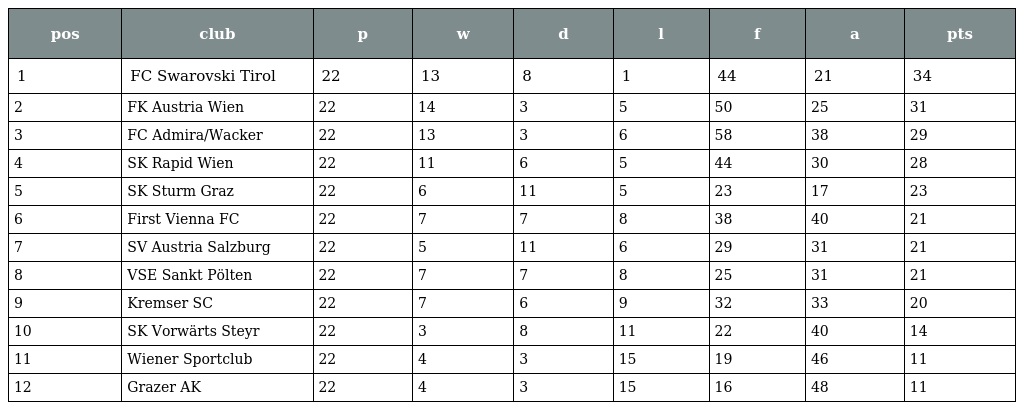
| pos | club | p | w | d | l | f | a | pts |
 | --- | --- | --- | --- | --- | --- | --- | --- | --- |
 | 1 | FC Swarovski Tirol | 22 | 13 | 8 | 1 | 44 | 21 | 34 |
 | 2 | FK Austria Wien | 22 | 14 | 3 | 5 | 50 | 25 | 31 |
 | 3 | FC Admira/Wacker | 22 | 13 | 3 | 6 | 58 | 38 | 29 |
 | 4 | SK Rapid Wien | 22 | 11 | 6 | 5 | 44 | 30 | 28 |
 | 5 | SK Sturm Graz | 22 | 6 | 11 | 5 | 23 | 17 | 23 |
 | 6 | First Vienna FC | 22 | 7 | 7 | 8 | 38 | 40 | 21 |
 | 7 | SV Austria Salzburg | 22 | 5 | 11 | 6 | 29 | 31 | 21 |
 | 8 | VSE Sankt Pölten | 22 | 7 | 7 | 8 | 25 | 31 | 21 |
 | 9 | Kremser SC | 22 | 7 | 6 | 9 | 32 | 33 | 20 |
 | 10 | SK Vorwärts Steyr | 22 | 3 | 8 | 11 | 22 | 40 | 14 |
 | 11 | Wiener Sportclub | 22 | 4 | 3 | 15 | 19 | 46 | 11 |
 | 12 | Grazer AK | 22 | 4 | 3 | 15 | 16 | 48 | 11 |